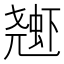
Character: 𱿱